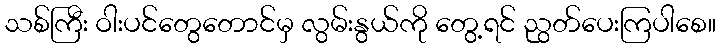
သစ်ကြီး ဝါးပင်တွေတောင်မှ လွမ်းနွယ်ကို တွေ့ရင် ညွတ်ပေးကြပါစေ။